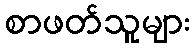
စာဖတ်သူများ